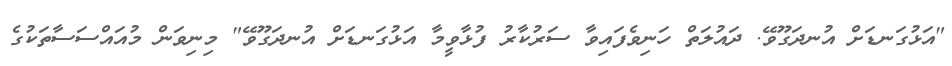
"އަޅުގަނޑަށް އުނދަގޫވޭ. ދައުލަތް ހަނިވެފައިވާ ސަރުކާރު ފުޅާވީމާ އަޅުގަނޑަށް އުނދަގޫވޭ" މިނިވަން މުއައްސަސާތަކުގެ